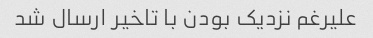
علیرغم نزدیک بودن با تاخیر ارسال شد